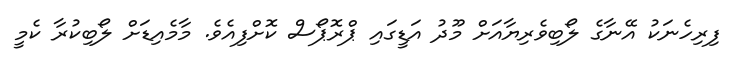
ފިރިހެނަކު އޭނާގެ ލޯބިވެރިޔާއަށް މޫދު އަޑީގައި ޕްރޮޕޯސް ކޮށްފިއެވެ. މާމެއިޑަށް ލޯބިކުރާ ކެމީ